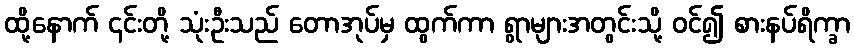
ထို့နောက် ၎င်းတို့ သုံးဦးသည် တောအုပ်မှ ထွက်ကာ ရွာများအတွင်းသို့ ဝင်၍ စားနပ်ရိက္ခာ